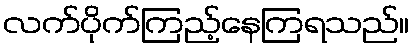
လက်ပိုက်ကြည့်နေကြရသည်။